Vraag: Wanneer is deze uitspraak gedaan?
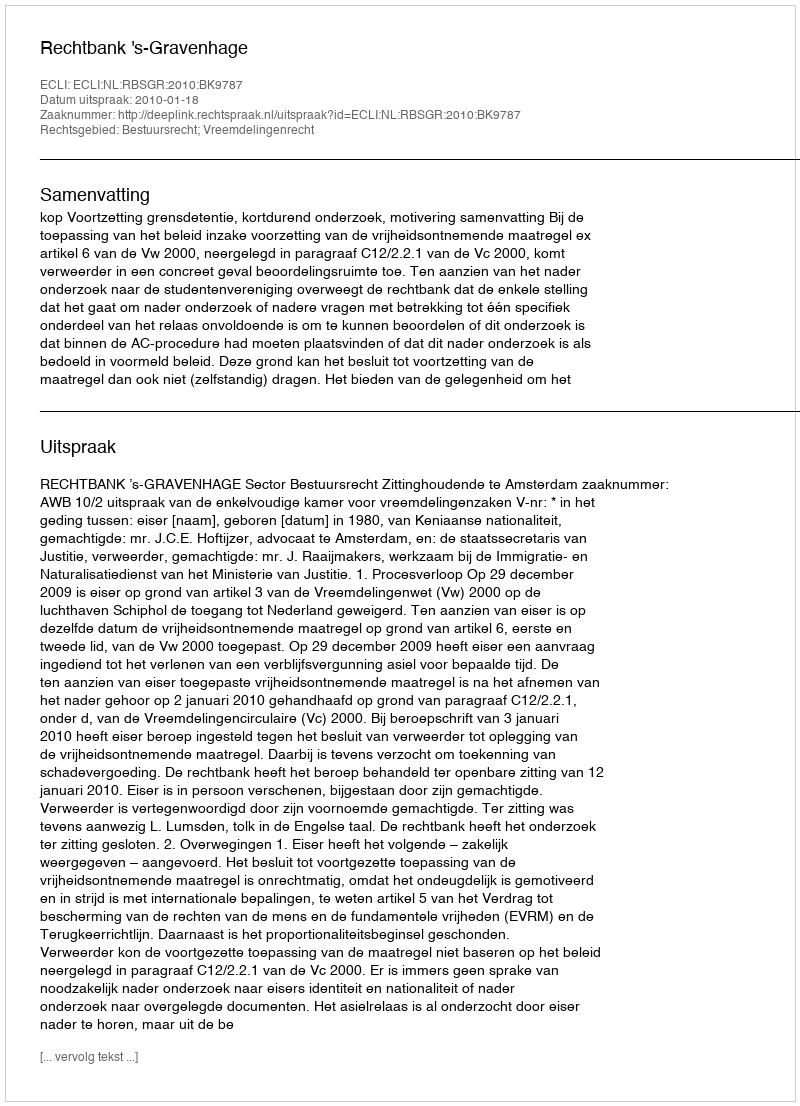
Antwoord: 2010-01-18